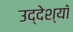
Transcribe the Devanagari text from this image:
उद्देश्यॉ